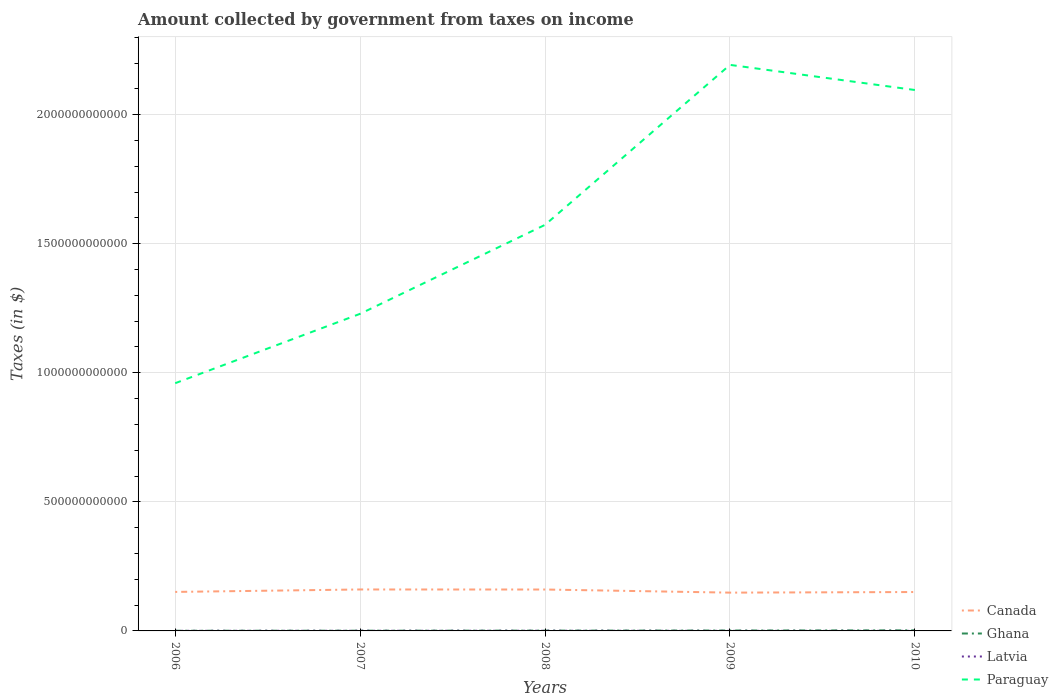
| Years | Canada | Ghana | Latvia | Paraguay |
 | --- | --- | --- | --- | --- |
 | 2006 | 1.51e+11 | 6.58e+08 | 4.18e+08 | 9.6e+11 |
 | 2007 | 1.61e+11 | 8.57e+08 | 5.86e+08 | 1.23e+12 |
 | 2008 | 1.6e+11 | 1.13e+09 | 7.08e+08 | 1.57e+12 |
 | 2009 | 1.48e+11 | 1.54e+09 | 3.22e+08 | 2.19e+12 |
 | 2010 | 1.51e+11 | 2.19e+09 | 2.68e+08 | 2.1e+12 |